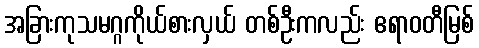
အခြားကုသမဂ္ဂကိုယ်စားလှယ် တစ်ဦးကလည်း ဧရာဝတီမြစ်